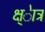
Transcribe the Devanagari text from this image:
क्ष्ेात्र